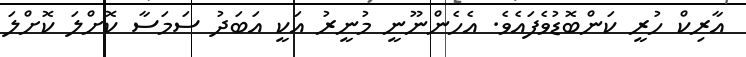
އާރިކް ހުރީ ކަންބޮޑުވެފައެވެ. އެހެންނޫނީ މުނީރު އަކީ އަބަދު ސަމަސާ ކޮށްލަ ކޮށްލަ